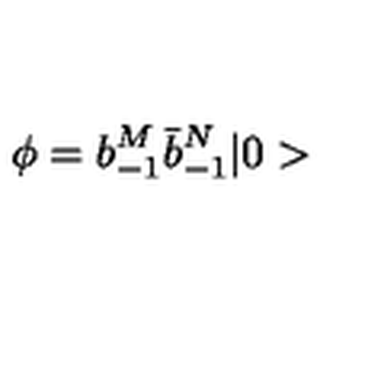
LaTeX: \phi = b _ { - 1 } ^ { M } \bar { b } _ { - 1 } ^ { N } \vert 0 >